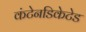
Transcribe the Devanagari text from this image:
कंटेनडिकेटेड